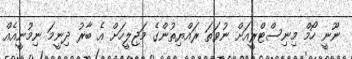
ނޫނީ ހޯމް މިނިސްޓްރީއަށް ނުވަތަ ރައްޔިތުންގެ މަޖިލީހަށް އެ ބާރު ދިނީމަ ނިމުނީއެއް